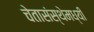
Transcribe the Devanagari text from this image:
चेतासंस्थेमध्यी